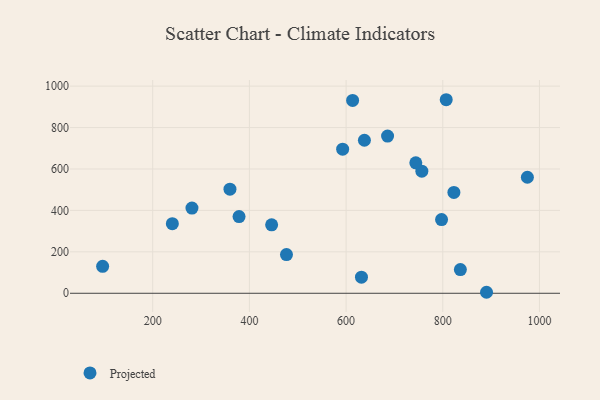
{"axis": {"x": "Speed", "y": "Salary"}, "legend": ["Projected"], "data": [{"x": "637.9", "y": 738.7, "type": "Projected"}, {"x": "823.0", "y": 486.8, "type": "Projected"}, {"x": "281.2", "y": 411.3, "type": "Projected"}, {"x": "96.4", "y": 129.9, "type": "Projected"}, {"x": "756.7", "y": 589.5, "type": "Projected"}, {"x": "631.8", "y": 77.6, "type": "Projected"}, {"x": "476.7", "y": 186.8, "type": "Projected"}, {"x": "890.5", "y": 4.8, "type": "Projected"}, {"x": "685.8", "y": 759.0, "type": "Projected"}, {"x": "975.0", "y": 560.2, "type": "Projected"}, {"x": "613.5", "y": 931.1, "type": "Projected"}, {"x": "446.0", "y": 330.6, "type": "Projected"}, {"x": "744.2", "y": 629.8, "type": "Projected"}, {"x": "240.6", "y": 336.2, "type": "Projected"}, {"x": "359.8", "y": 502.4, "type": "Projected"}, {"x": "592.9", "y": 695.6, "type": "Projected"}, {"x": "807.1", "y": 934.4, "type": "Projected"}, {"x": "378.6", "y": 370.2, "type": "Projected"}, {"x": "797.5", "y": 355.6, "type": "Projected"}, {"x": "836.4", "y": 114.3, "type": "Projected"}]}